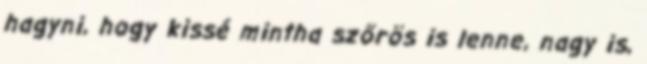
hagyni, hogy kissé mintha szőrös is lenne, nagy is,